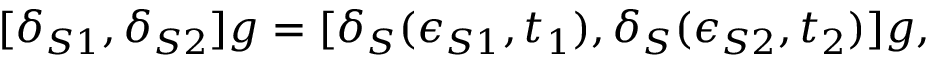
[ \delta _ { S 1 } , \delta _ { S 2 } ] g = [ \delta _ { S } ( \epsilon _ { S 1 } , t _ { 1 } ) , \delta _ { S } ( \epsilon _ { S 2 } , t _ { 2 } ) ] g ,